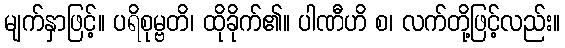
မျက်နှာဖြင့်။ ပရိစုမ္ဗတိ၊ ထိုခိုက်၏။ ပါဏီဟိ စ၊ လက်တို့ဖြင့်လည်း။